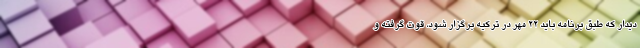
دیدار که طبق برنامه باید ۲۲ مهر در ترکیه برگزار شود، قوت گرفته و